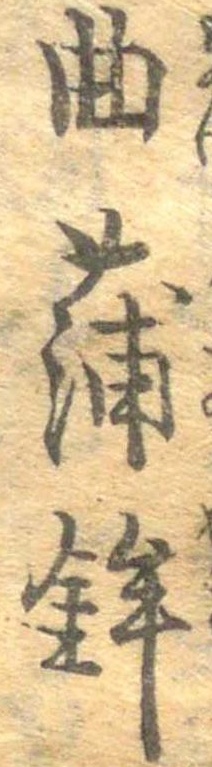
曲蒲鉾